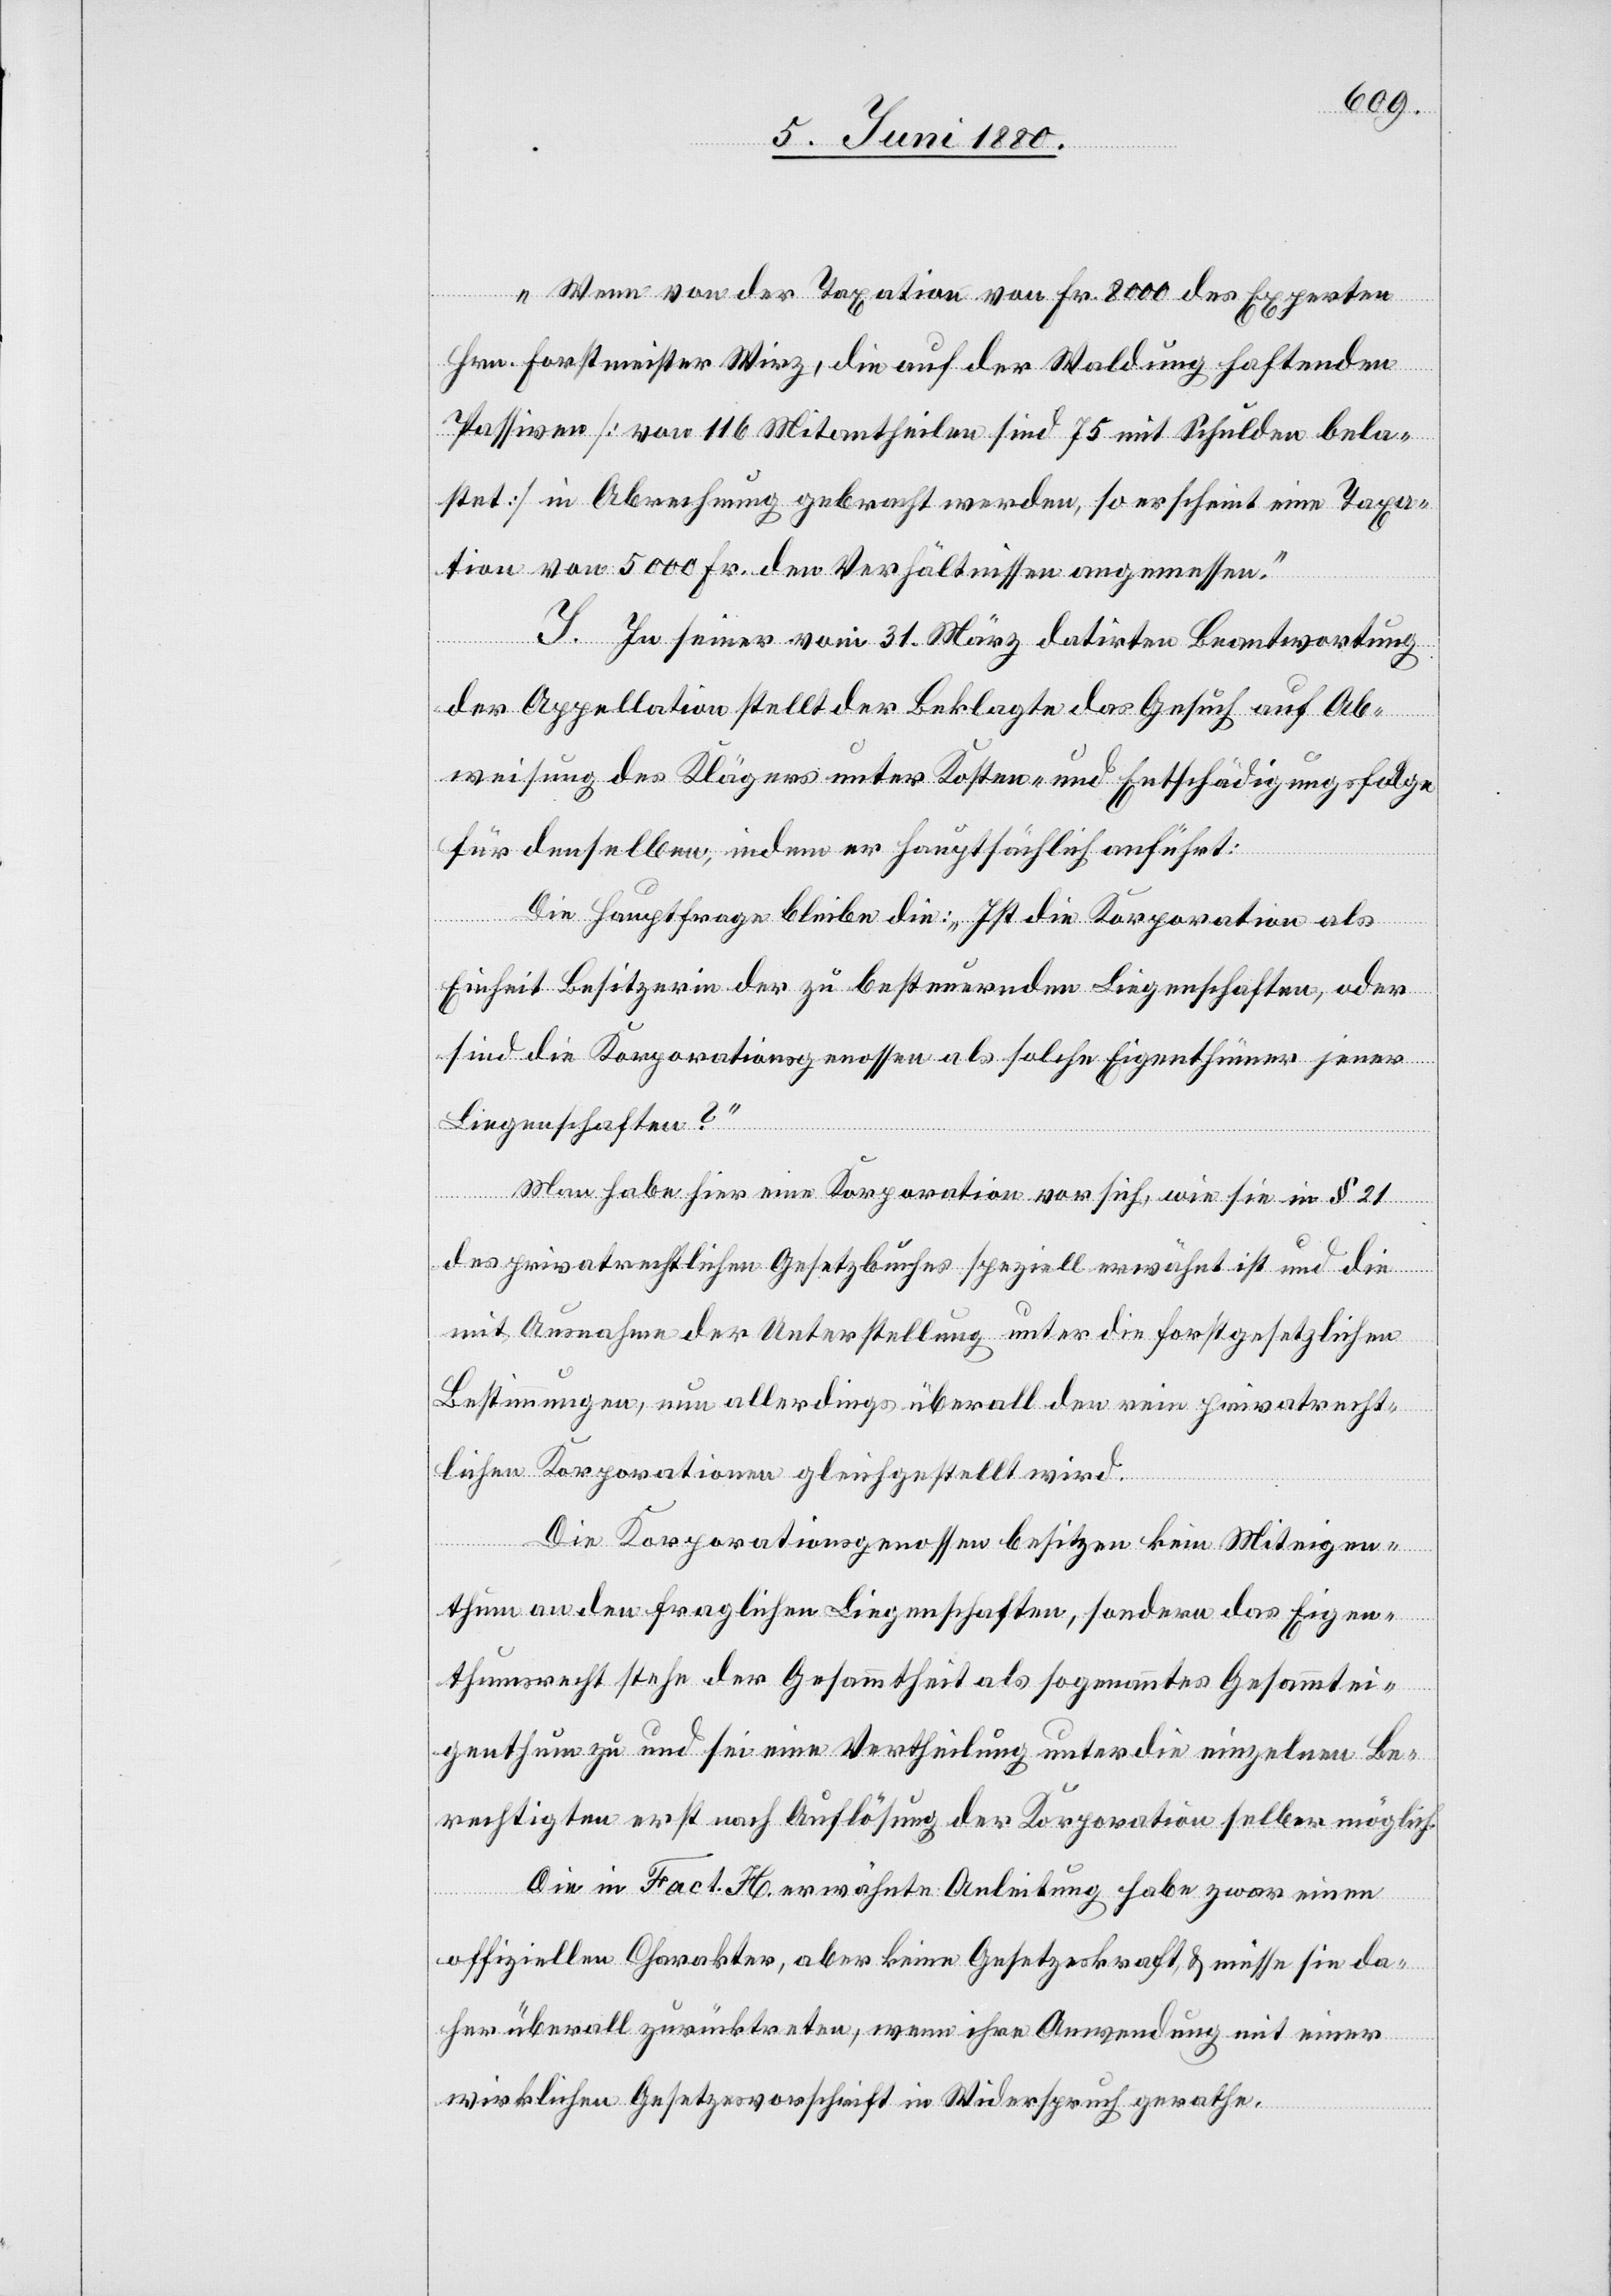
Wenn von der Taxation von Fr. 8000 des Experten
Hrn. Forstmeister Wirz, die auf der Waldung haftenden
Passiven [von 116 Mitantheilen sind 75 mit Schulden bela¬
stet] in Abrechnung gebracht werden, so erscheint eine Taxa¬
tion von 5000 Fr. den Verhältnissen angemessen.
I. In seiner vom 31. März datirten Beantwortung
der Appellation stellt der Beklagte das Gesuch auf Ab¬
weisung des Klägers unter Kosten- und Entschädigungsfolge
für denselben, indem er hauptsächlich anführt:
Die Hauptfrage bleibe die: „Ist die Korporation als
Einheit Besitzerin der zu besteuernden Liegenschaften, oder
sind die Korporationsgenossen als solche Eigenthümer jener
Liegenschaften?“
Man habe hier eine Korporation vor sich, wie sie in § 21
des privatrechtlichen Gesetzbuches speziell erwähnt ist und die
mit Ausnahme der Unterstellung unter die forstgesetzlichen
Bestimmungen, nun allerdings überall den rein privatrecht¬
lichen Korporationen gleichgestellt wird.
Die Korporationsgenossen besitzen kein Miteigen¬
thum an den fraglichen Liegenschaften, sondern das Eigen¬
thumsrecht stehe der Gesammtheit als sogenanntes Gesammtei¬
genthum zu und sei eine Vertheilung unter die einzelnen Be¬
rechtigten erst nach Auflösung der Korporation selber möglich.
Die in Fact. H erwähnte Anleitung habe zwar einen
offiziellen Charakter, aber keine Gesetzeskraft & müsse sie da¬
her überall zurücktreten, wenn ihre Anwendung mit einer
wirklichen Gesetzesvorschrift in Widerspruch gerathe.